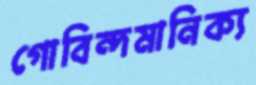
গোবিন্দমানিক্য